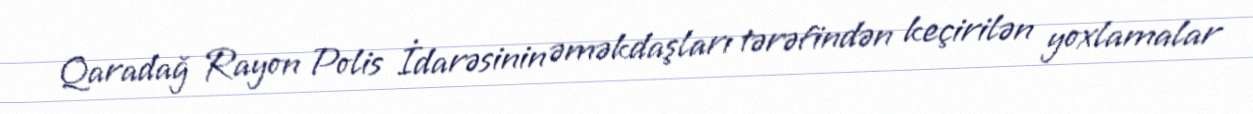
Qaradağ Rayon Polis İdarəsinin əməkdaşları tərəfindən keçirilən yoxlamalar